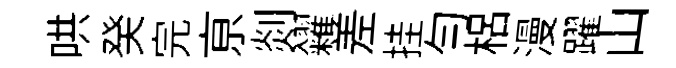
哄癸完亰剡糴差挂勻梠漫躍山